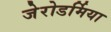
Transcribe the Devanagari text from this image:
जेरोडर्मिया